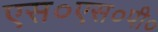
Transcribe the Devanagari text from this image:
एस०एस०पी०